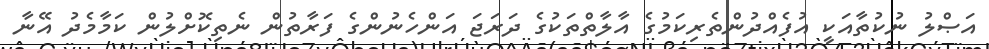
އަޞްލު ނުކުތާއަކީ އުފެއްދުންތެރިކަމުގެ އާލާތްތަކުގެ ދަރަޖަ އަންހެނުންގެ ފަރާތުން ނެތިކޮށްލުން ކަމާމެދު އޭނާ